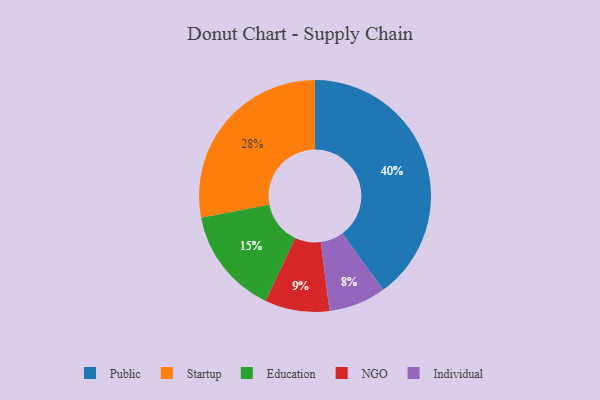
{"axis": {"x": "Category", "y": "Percentage"}, "legend": ["Education", "Individual", "NGO", "Public", "Startup"], "data": [{"x": "Individual", "y": 8, "type": "Individual"}, {"x": "NGO", "y": 9, "type": "NGO"}, {"x": "Education", "y": 15, "type": "Education"}, {"x": "Startup", "y": 28, "type": "Startup"}, {"x": "Public", "y": 40, "type": "Public"}]}